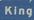
king